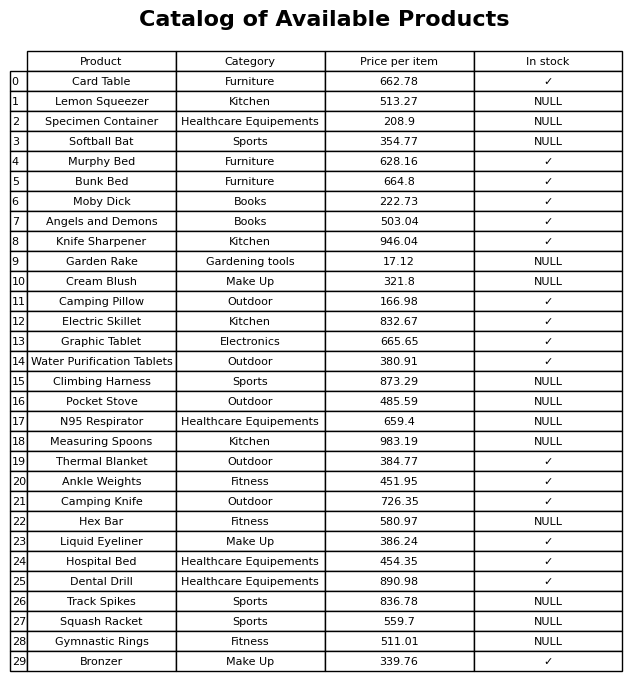
question: Is the Bunk Bed in stock?
answer: ✓